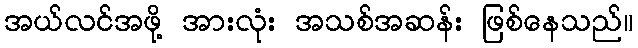
အယ်လင်အဖို့ အားလုံး အသစ်အဆန်း ဖြစ်နေသည်။